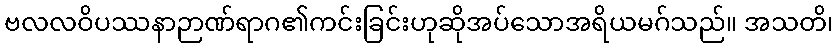
ဗလလဝိပဿနာဉာဏ်ရာဂ၏ကင်းခြင်းဟုဆိုအပ်သောအရိယမဂ်သည်။ အသတိ၊